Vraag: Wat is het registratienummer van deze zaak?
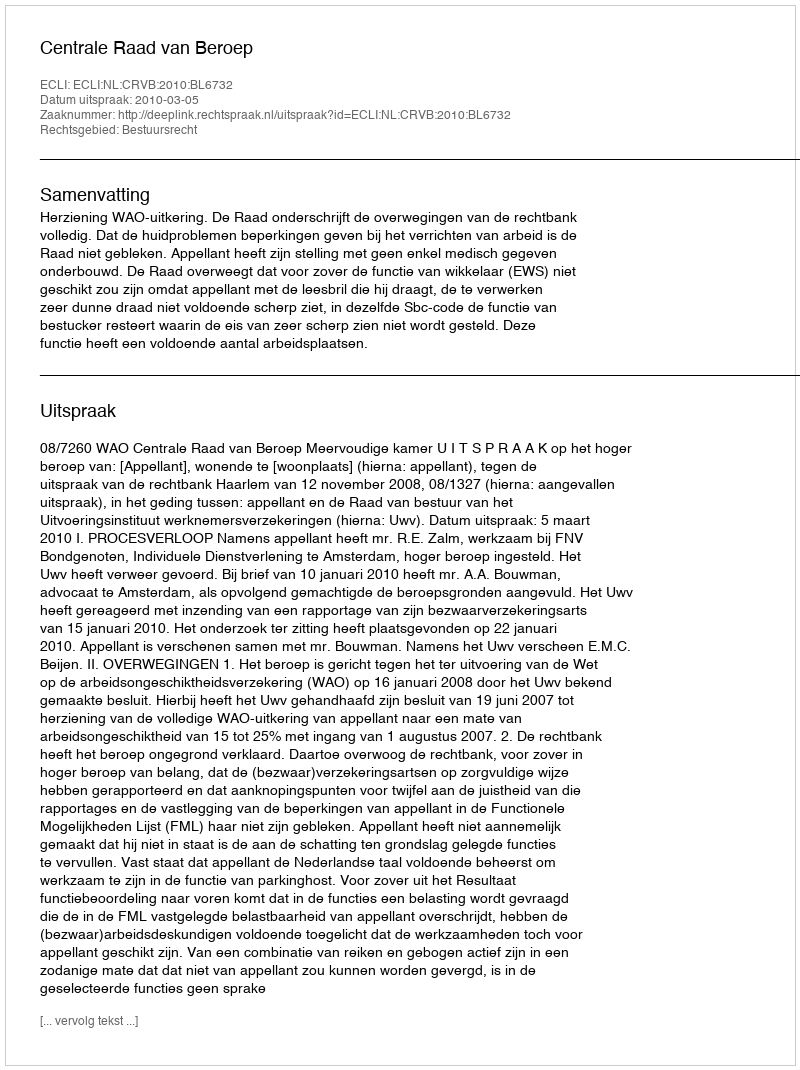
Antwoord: http://deeplink.rechtspraak.nl/uitspraak?id=ECLI:NL:CRVB:2010:BL6732